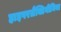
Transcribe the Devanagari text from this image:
हाइपरलैक्टिनीमिया